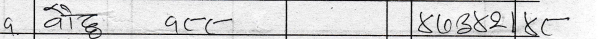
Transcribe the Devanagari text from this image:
वौदु गत K103821K-